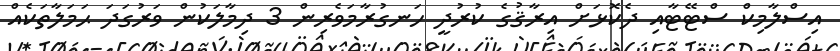
އިސްލާމިކް ސްޓޭޓާއި ދެކޮޅަށް އިރާޤުގެ ކުރުދީ ހަނގުރާމަވެރިން 3 ދިމާލަކުން ވަރުގަދަ ޙަމަލާތަކެއް